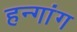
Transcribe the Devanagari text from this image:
हन्गांग